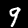
Label: 9